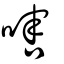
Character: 嗐